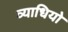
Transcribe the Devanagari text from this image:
व्याधियो